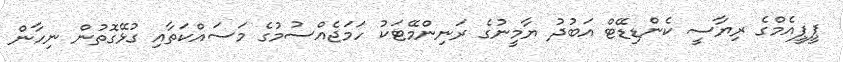
ޕީޕީއެމްގެ ރިޔާސީ ކެންޑިޑޭޓް އަބުދު ޔާމީނުގެ ރަނިންމޭޓަކު ހަމަޖެއްސުމުގެ މަސައްކަތާއި ގުޅޭގޮތުން ނިހާން